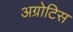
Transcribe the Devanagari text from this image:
अग्रोटिस